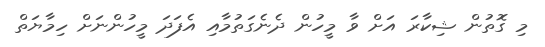
މި ގޮތުން ޝިކާރަ އަށް ވާ މީހުން ދެނެގަތުމާއި އެފަދަ މީހުންނަށް ހިމާޔަތް